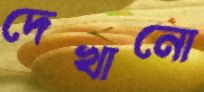
দেখানো